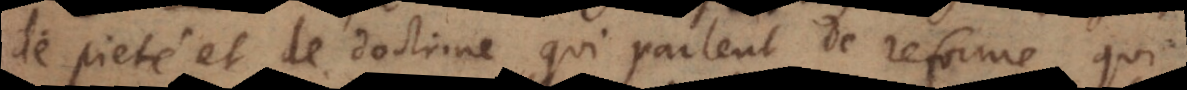
de pieté et de doctrine qui parlent de reforme, qui